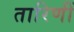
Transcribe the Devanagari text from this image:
तारिणीं